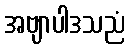
အဗျာပါဒသညံ